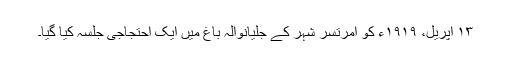
١٣ اپریل، ١٩١٩ء کو امرتسر شہر کے جلیانوالہ باغ میں ایک احتجاجی جلسہ کیا گیا۔